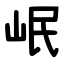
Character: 岷